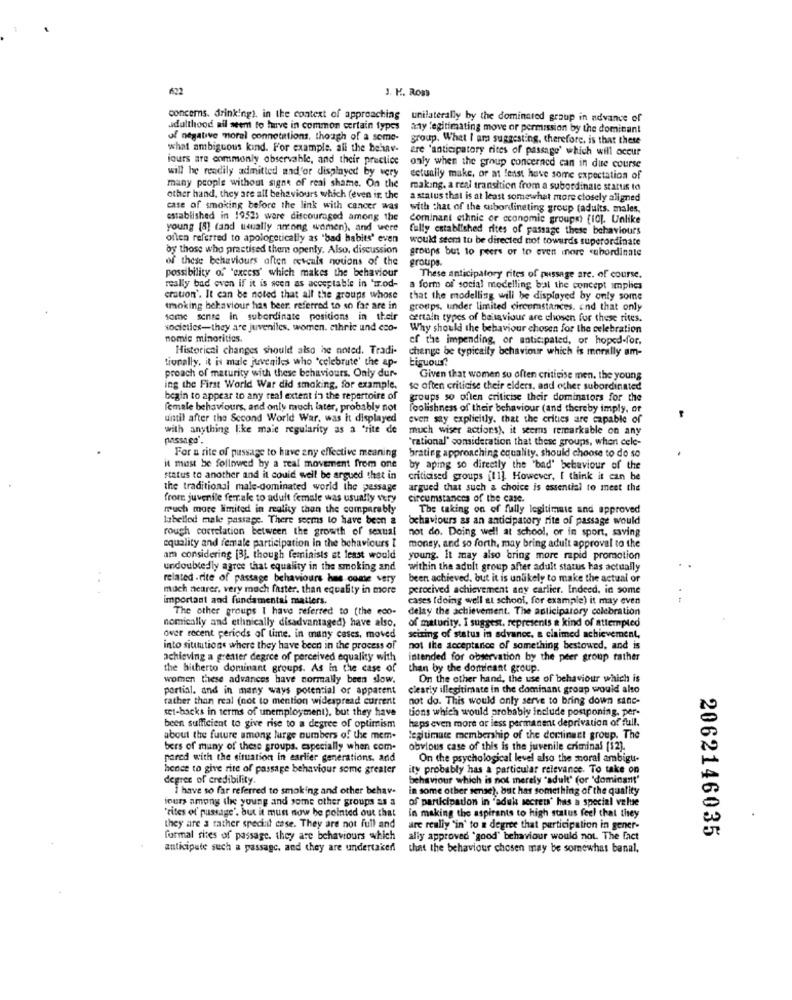
622
J. K. Row
concerns. drinking). in the context of approaching
unilaterally by the dominated group in advance of
adulthood ail seem to have in common certain types
anty legitimating move or permission by the dominant
of negative morel connotations, though of a some-
group. What I ara suggesting, therefore, is that these
what ambiguous kind. For example. all the behav-
ere 'anticipatory rites of passage' which will occur
iours are commonly observable, and their practice
will he readily admitted nad'or displayed by very
only when the group concerned can in due course
detually make, or at least have some expectation of
many people without signe of real shame. On the
making. a real transition from a subordinate status to
other hand, they are all behaviours which (even in the
a status that is at least somewhat more closely aligned
case of smoking before the link with cancer was
with that of the subordineting group (adults. males,
established in 1952; ware discouraged among the
Cominani ethnic or economie groupe) [10]. Unlike
young [8] (and usually among women), and were
fully established rites of passage these behaviours
often referred to apologetically as "bad habits' even
would seem to be directed not towards superordinate
by those who practised them openly. Also, discussion
groups but to peers or to even more subordinate
of these behaviours aften reveals notions of the
groups.
possibility of "excess' which makes the behaviour
These anticipatory rites of pussage are. of course.
really bad even If it is seen as acceptable in "w.od-
a form of social modelling bat the concept implies
eration'. It can be noted that all the groups whose
that the modelling will be displayed by only some
troking behaviour has beer referred to so far are in
groeps. under limited circumstances. end that only
some sense in subordinate positions in their
certain types of bellaviour are chosen for these rites.
societies-they are juveniles, women. ethric und cco-
Why should the behaviour chosen for the celebration
nomic minorities.
of the impending, or anticipated, or hoped-for.
Historical changes should also he noted. Tradi-
change be typically behaviour which is morally am-
tionally, it is male juveniles who "celebrate' the ap-
tiguous?
proach of maturity with these behaviours. Only dur-
Given that women su often criticise men, the young
ing the First World War did smoking, for example.
se often criticise their elders, and other subordinated
begin to appear to any real extent in the repertoire of
groups so often criticise their dominators for the
female behaviours, and only much later, probably not
foolishness of their behaviour (and thereby imply, or
until after the Second World War, was it displayed
even sty explicitly. that the critics are capable of
with anything like maie regularity as a 'rite de
much wiser actions). it seems remarkable on any
passago'.
"rational' consideration that these groups, when cele-
brating approaching equality. should choose to do so
For a rite of passage to have any effective meaning
it mest be followed by a real movement from one
by aping so directly the 'bad' behaviour of the
status to another and it could well be argued that in
criticised groups [11]. However, I think it can be
the traditional male-dominated world the passage
argued that such a choice is essential to meet the
from juvenile ferrale to adult female was usually very
circumstances of the case.
much more limited in reality than the comparably
The taking on of fully legitimate and approved
labelled male passage. There seems to have been a
behaviours as an anticipatory rite of passage would
rough correlation between the growth of sexual
not do. Doing well at school, or in sport, saving
equality and female participation in the behaviours I
money, and so forth, may bring aduit approval to the
am considering [3]. though feminists at least would
young. it may also bring more rapid promotion
undoubtedly agree that equality in the smoking and
within the adult group after adult status has actually
related -rite of passage behaviours has come very
been achieved, but it is unlikely to make the actual or
much nearer, very much faster. than equality in more
perocived achievement any earlier. Indeed. in some
important and fundamental matters.
cases (doing well at school, for example) it may even
The other groups I have referred to [the eco- delay the achievement. The aplicipatory celebration
delay the achievement. The aplicipatory celebration
nomically and ethnically disadvantaged) have also, of maturity. I suggest, represents a kind of attempted
nomically and ethnically disadvantaged) have also.
of maturity. I suggest, represents a kind of attempted
over recent periods of time. in many cases, moved
sciring of status in advance. a claimed achievement,
into situations where they have been in the process of
not the acceptance of something bestowed, and is
achieving a greater degree of perceived equality with
intended for observation by the peer group rather
the hitherto dominant groups. As in the case of
than by the dominant group.
women these advances have normally been slow.
On the other hand, the use of behaviour which is
partial. and in many ways potential or apparent
clearly illegitimate in the dominant group would alto
rather than real (not to mention widespread current
not do. This would only serve to bring down sanc-
set-backs in terms of unemployment), but they have
tions which would probably include postponing, per-
haps even more or less permanent deprivation of full.
been sufficient to give rise to a degree of optimism
about the future among large numbers of the mem-
legitimate membership of the dominant group. The
bers of many of these groups. especially when com.
obvious case of this is the juvenile criminal [12].
pared with the situation in earlier generations, and
On the psychological level also the moral ambigu-
hence to give rite of passage behaviour some greater
ty probably has a particular relevance. To take on
degree of credibility.
behaviour which is not merely "adult" (or 'dominant'
I have so far referred to smoking and other behav-
in some other sense), but has something of the quality
iours among the young and some other groups as a
of participation in 'aduk secret' has a special value
"rites of passage', but it mun now he pointed out that
in making the aspirants to high status feel that they
they are a father speci:d case. They are not full and
are really "in' to a degree that participation in gener-
formal rites of passage. they are behaviours which
ally approved "good" behaviour would not. The fact
2062146035
anticipate such a passagc, and they are undertaken
that the behaviour chosen may be somewhat banal,